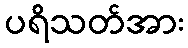
ပရိသတ်အား